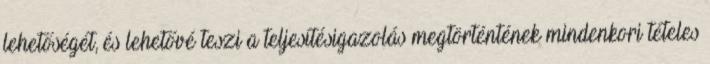
lehetőségét, és lehetővé teszi a teljesítésigazolás megtörténtének mindenkori tételes